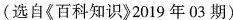
(选自《百科知识》2019年03期)